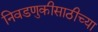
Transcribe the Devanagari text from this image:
निवडणुकीसाठीच्या